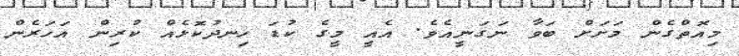
މިއޮތްގެން މަށަށް ބަވާ ނަގަނީއެވެ. އެއީ މީގެ ކުޑަ ހިނދުކޮޅެއް ކުރިން އަހަރެން